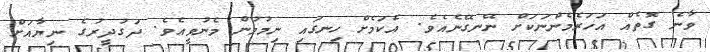
ވާނެ ގޮތެއް އަހަރެމެންނަކަށް ނޭނގޭނެއެވެ. އެކަމެށް ހިނގައި ނިމުމުން މެނުވީއެވެ. ދަގުދީރުގެ ނިޔާއަށް